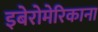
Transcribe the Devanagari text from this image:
इबेरोमेरिकाना